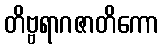
တိဗ္ဗရာဂဇာတိကော